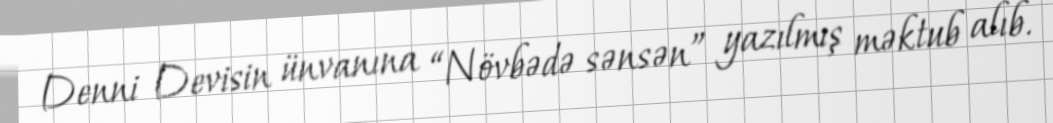
Denni Devisin ünvanına “Növbədə sənsən” yazılmış məktub alıb.